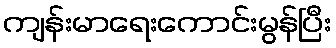
ကျန်းမာရေးကောင်းမွန်ပြီး